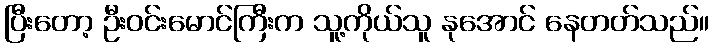
ပြီးတော့ ဦးဝင်းမောင်ကြီးက သူ့ကိုယ်သူ နုအောင် နေတတ်သည်။